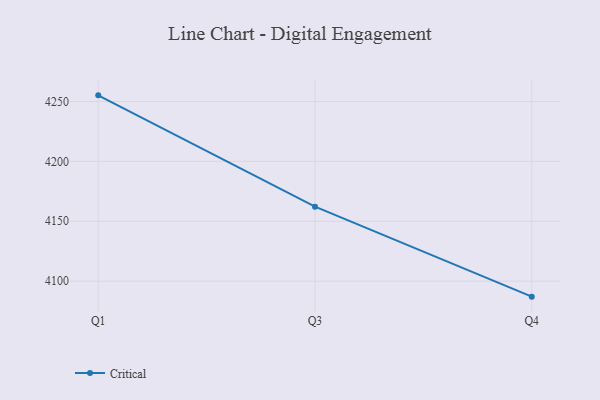
{"axis": {"x": "Quarter", "y": "Conversion Rate (%)"}, "legend": ["Critical"], "data": [{"x": "Q1", "y": 4255.1, "type": "Critical"}, {"x": "Q3", "y": 4162.2, "type": "Critical"}, {"x": "Q4", "y": 4087.1, "type": "Critical"}]}